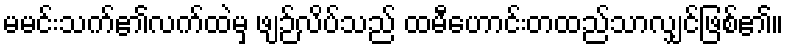
မမင်းသက်၏လက်ထဲမှ ဖျဉ်လိပ်သည် ထမီဟောင်းတထည်သာလျှင်ဖြစ်၏။